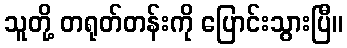
သူတို့ တရုတ်တန်းကို ပြောင်းသွားပြီ။